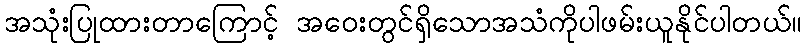
အသုံးပြုထားတာကြောင့် အဝေးတွင်ရှိသောအသံကိုပါဖမ်းယူနိုင်ပါတယ်။